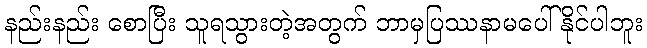
နည်းနည်း စောပြီး သူရသွားတဲ့အတွက် ဘာမှပြဿနာမပေါ်နိုင်ပါဘူး